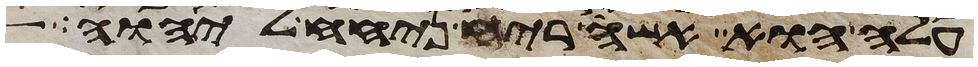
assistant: עלה הוא אשה ריח ניחח ליהוה